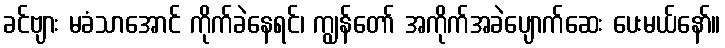
ခင်ဗျား မခံသာအောင် ကိုက်ခဲနေရင်၊ ကျွန်တော် အကိုက်အခဲပျောက်ဆေး ပေးမယ်နော်။